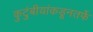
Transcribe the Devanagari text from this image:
कुटुंबीयांकडूनतर्फे